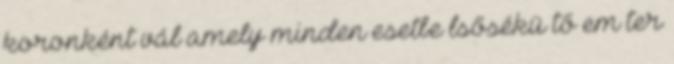
koronként vál amely minden esetbe lsősékü tő em ter